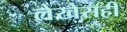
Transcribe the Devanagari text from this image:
लेखेसही